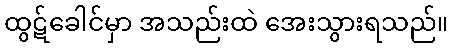
ထွဋ်ခေါင်မှာ အသည်းထဲ အေးသွားရသည်။